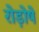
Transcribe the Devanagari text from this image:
रोड़ोषे